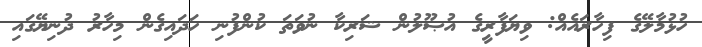
ހުޅުމާލޭގެ ފިހާރައެއް: ވިޔަފާރީގެ އުޞޫލުން ޝަރިކާ ނުވަތަ ކުންފުނި ހަދައިގެން މިހާރު ދުނިޔޭގައި